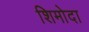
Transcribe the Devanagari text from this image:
शिमोदा